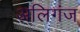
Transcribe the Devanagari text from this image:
अलिगंज